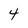
Character: 4